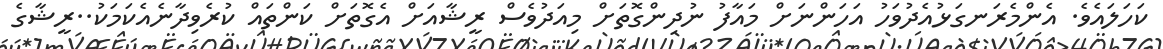
ކަހަލައެވެ. އެންމެރަނގަޅުއެދުވަހު އަަހަންނަށް މައާފު ނުދިންގޮތަށް މިއަދުވެސް ރީޝާއަށްް އެގޮތަށް ކަންތައް ކުރެވިދާނެއެކަމަކު..ރީޝާގެ